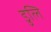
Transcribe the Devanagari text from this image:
डुलि